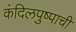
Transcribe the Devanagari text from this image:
कंदिलपुष्पाची